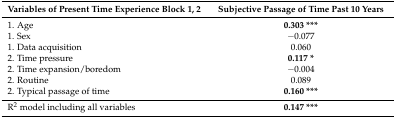
<table><thead><tr><td><b>Variables of Present Time Experience Block 1, 2</b></td><td><b>Subjective Passage of Time Past 10 Years</b></td></tr></thead><tbody><tr><td>1. Age</td><td><b>0.303 ***</b></td></tr><tr><td>1. Sex</td><td>−0.077</td></tr><tr><td>1. Data acquisition</td><td>0.060</td></tr><tr><td>2. Time pressure</td><td><b>0.117 *</b></td></tr><tr><td>2. Time expansion/boredom</td><td>−0.004</td></tr><tr><td>2. Routine</td><td>0.089</td></tr><tr><td>2. Typical passage of time </td><td><b>0.160 ***</b></td></tr><tr><td>R<sup>2</sup> model including all variables</td><td><b>0.147 ***</b></td></tr></tbody></table>